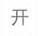
开